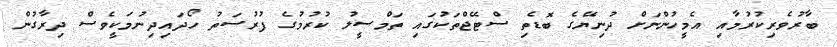
ބާރުވެރިކުރުމާއި އެމީހުންނަށް ދުނިޔޭގެ ބޮޑެތި ސްޓޭޖްތަކުގައި ތަމްސީލު ކުރުމުގެ ފުރުސަތު ހޯދައިދިނުމަކީވެސް ދިރާގުން